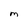
Character: m